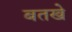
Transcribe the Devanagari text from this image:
बतखे